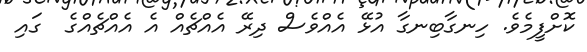
ކޮށްފީމެވެ. ހިނގާބިނގާ އުޅޭ އެއްވެސް ދިރޭ އެއްޗެއް އެ އެއްޗެއްގެ  ގައި